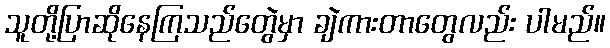
သူတို့ပြာဆိုနေကြသည်တွေဲမှာ ချဲကားတာတွေလည်း ပါမည်။